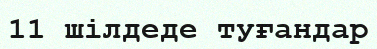
11 шілдеде туғандар